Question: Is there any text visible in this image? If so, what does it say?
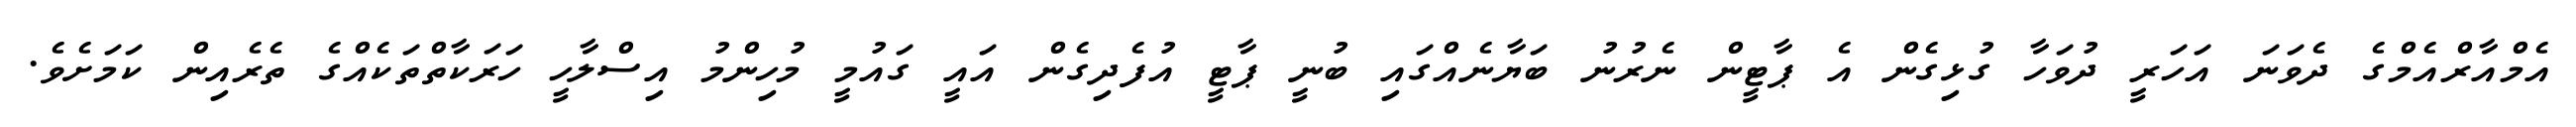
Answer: އެމްއާރްއެމްގެ ދެވަނަ އަހަރީ ދުވަހާ ގުޅިގެން އެ ޕާޓީން ނެރުނު ބަޔާނެއްގައި ބުނީ ޕާޓީ އުފެދިގެން އައީ ގައުމީ މުހިންމު އިސްލާހީ ހަރަކާތްތަކެއްގެ ތެރެއިން ކަމަށެވެ.